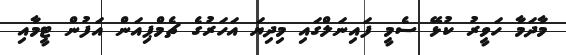
މާދަމާ ހަވީރު ކުޅޭ ސެމީ ފައިނަލްގައި މިދިޔަ އަހަރުގެ ޗެމްޕިއަން އަފުން ޓީމާއި